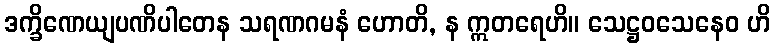
ဒက္ခိဏေယျပဏိပါတေန သရဏဂမနံ ဟောတိ, န ဣတရေဟိ။ သေဋ္ဌဝသေနေဝ ဟိ